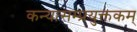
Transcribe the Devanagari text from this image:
कन्यासम्प्रयुक्तकम्